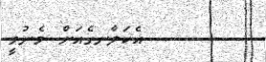
އެކަލާނގެއަށް މެނުވީ